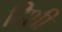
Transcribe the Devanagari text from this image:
दिशी